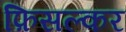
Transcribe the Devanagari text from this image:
फ़िसल्कर